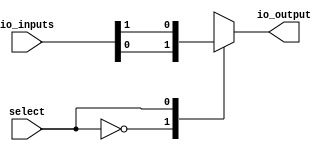
module IO_MUX_DEMUX (
    input wire [7:0] io_inputs,
    input wire select,
    output reg io_output
);

always @(*) begin
    case(select)
        3'b000 : io_output = io_inputs[0];
        3'b001 : io_output = io_inputs[1];
        3'b010 : io_output = io_inputs[2];
        3'b011 : io_output = io_inputs[3];
        3'b100 : io_output = io_inputs[4];
        3'b101 : io_output = io_inputs[5];
        3'b110 : io_output = io_inputs[6];
        3'b111 : io_output = io_inputs[7];
        default : io_output = 0;
    endcase
end

endmodule